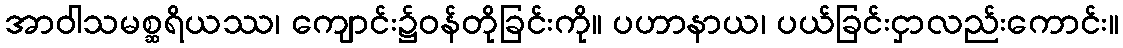
အာဝါသမစ္ဆရိယဿ၊ ကျောင်း၌ဝန်တိုခြင်းကို။ ပဟာနာယ၊ ပယ်ခြင်းငှာလည်းကောင်း။